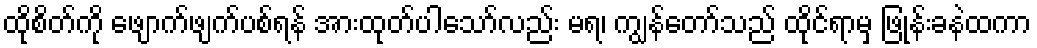
ထိုစိတ်ကို ဖျောက်ဖျက်ပစ်ရန် အားထုတ်ပါသော်လည်း မရ၊ ကျွန်တော်သည် ထိုင်ရာမှ ဖြုန်းခနဲထကာ